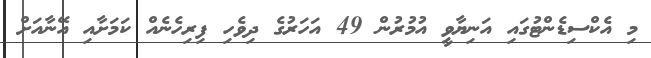
މި އެކްސިޑެންޓުގައި އަނިޔާވީ އުމުރުން 49 އަހަރުގެ ދިވެހި ފިރިހެނެއް ކަމަށާއި އޭނާއަށް